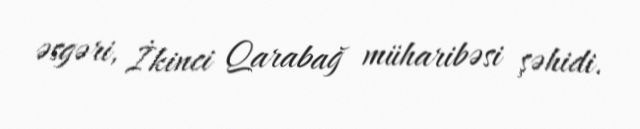
əsgəri, İkinci Qarabağ müharibəsi şəhidi.